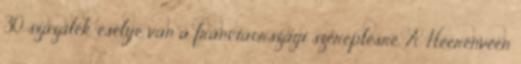
30 százalék esélye van a franciaországi szereplésre. A Heerenveen